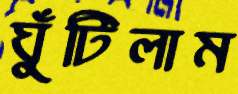
ঘুঁটিলাম